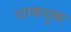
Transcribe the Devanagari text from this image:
धाकधुक